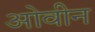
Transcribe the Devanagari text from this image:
ओवीन